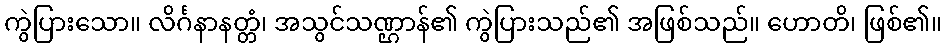
ကွဲပြားသော။ လိင်္ဂနာနတ္တံ၊ အသွင်သဏ္ဌာန်၏ ကွဲပြားသည်၏ အဖြစ်သည်။ ဟောတိ၊ ဖြစ်၏။